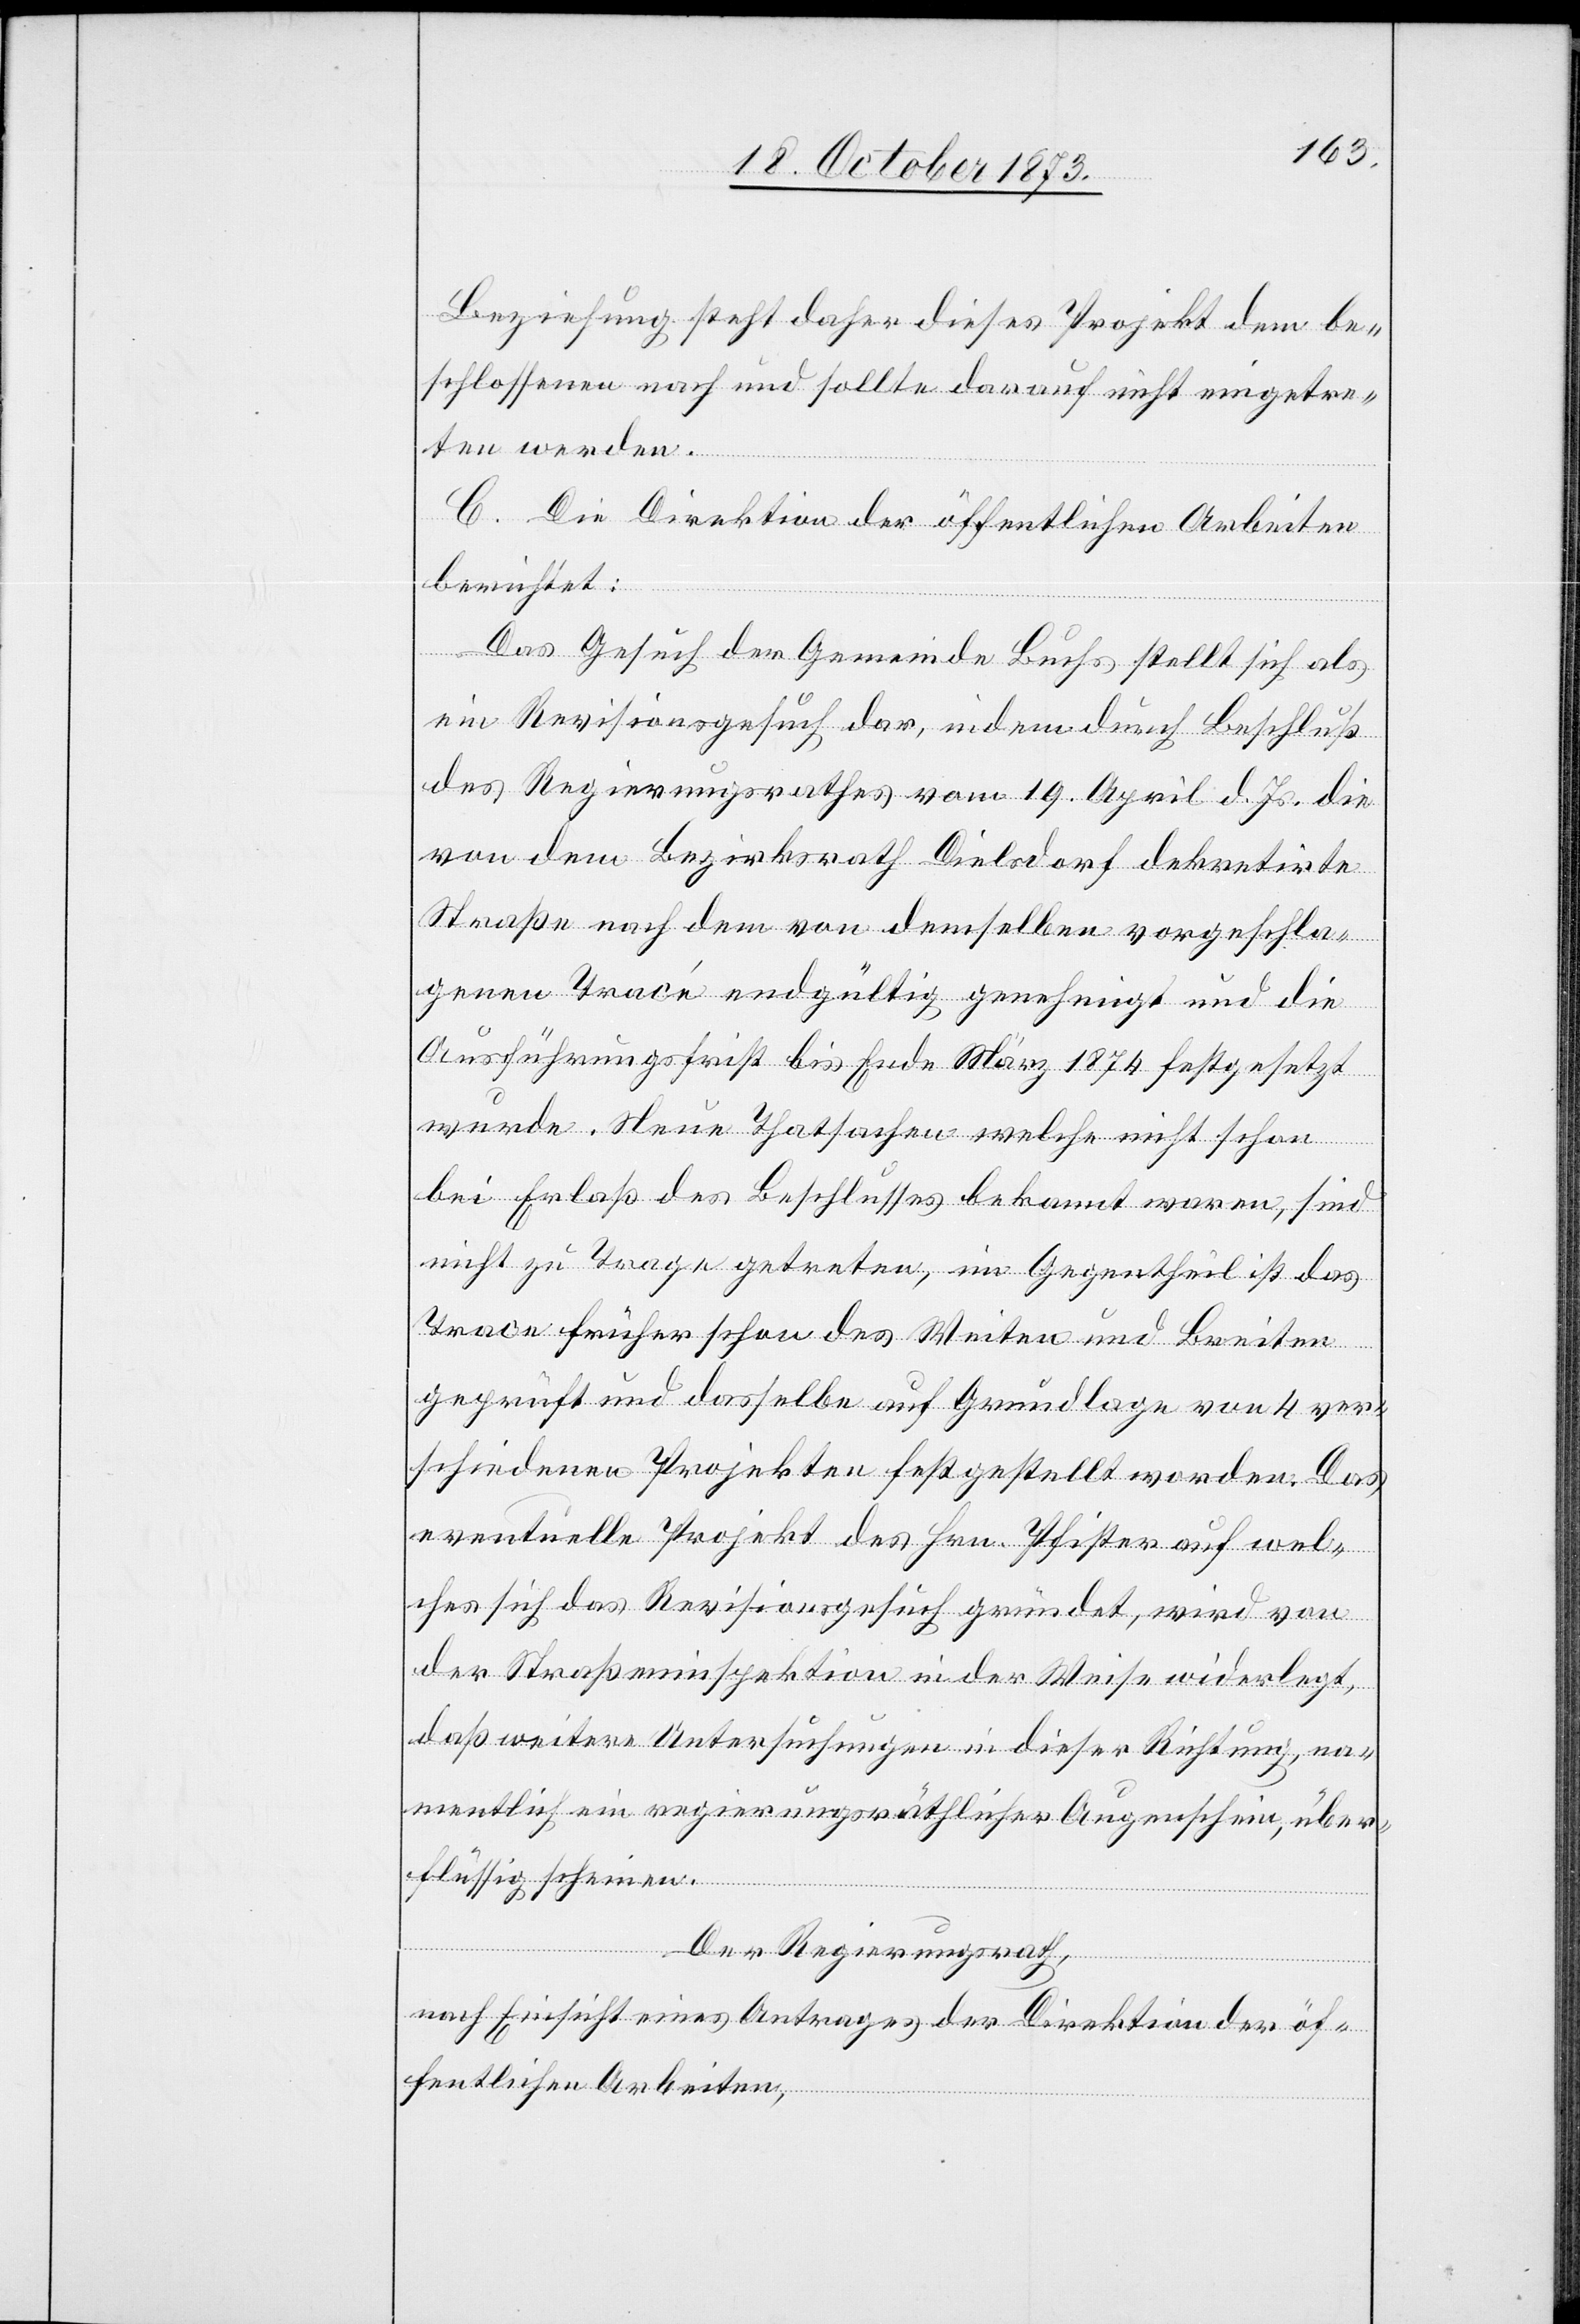
Beziehung steht daher dieses Projekt dem be¬
schlossenen nach und sollte darauf nicht eingetre¬
ten werden.
C. Die Direktion der öffentlichen Arbeiten
berichtet:
Das Gesuch der Gemeinde Buchs stellt sich als
ein Revisionsgesuch dar, indem durch Beschluß
des Regierungsrathes vom 19. April d. Js. die
von dem Bezirksrath Dielsdorf dekretirte
Straße nach dem von demselben vorgeschla¬
genen Tracé endgültig genehmigt und die
Ausführungsfrist bis Ende März 1874 festgesetzt
wurde. Neue Thatsachen welche nicht schon
bei Erlaß des Beschlusses bekannt waren, sind
nicht zu Trage [sic!] getreten, im Gegentheil ist das
Trace früher schon des Weiten und Breiten
geprüft und dasselbe auf Grundlage von 4 ver¬
schiedenen Projekten festgestellt worden. Das
eventuelle Projekt des Hrn. Pfister auf wel¬
ches sich das Revisionsgesuch gründet, wird von
der Straßeninspektion in der Weise widerlegt,
daß weitere Untersuchungen in dieser Richtung, na¬
mentlich ein regierungsräthlicher Augenschein, über¬
flüssig scheinen.
Der Regierungsrath,
nach Einsicht eines Antrages der Direktion der öf¬
fentlichen Arbeiten,